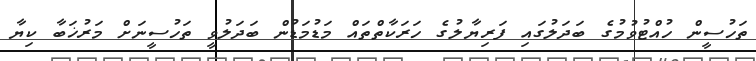
ތަހުސީން ހުއްޓުވުމުގެ ބަދަލުގައި ފަރިޔާލުގެ ހަރަކާތްތައް މަޑުމަޑުން ބަދަލުވީ ތަހުސީނަށް މަރުޚަބާ ކިޔާ